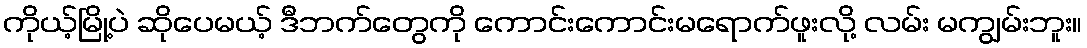
ကိုယ့်မြို့ပဲ ဆိုပေမယ့် ဒီဘက်တွေကို ကောင်းကောင်းမရောက်ဖူးလို့ လမ်း မကျွမ်းဘူး။